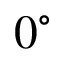
0 ^ { \circ }